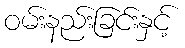
ဝမ်းနည်းခြင်းနှင့်